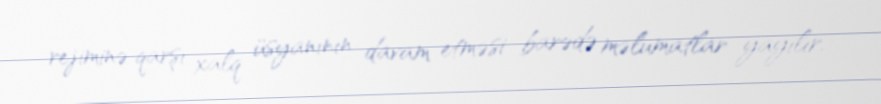
rejiminə qarşı xalq üsyanının davam etməsi barədə məlumatlar yayılır.